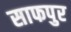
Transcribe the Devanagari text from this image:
साफपुर